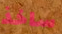
ساخذ